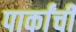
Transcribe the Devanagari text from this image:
पार्कांची